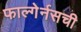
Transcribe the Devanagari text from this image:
फाल्गेर्नसची